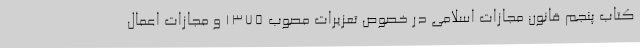
کتاب پنجم قانون مجازات اسلامی در خصوص تعزیرات مصوب 1375 و مجازات اعمال